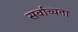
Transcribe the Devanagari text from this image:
सर्वाच्चता